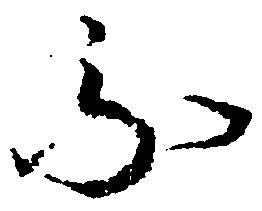
不